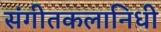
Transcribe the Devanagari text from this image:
संगीतकलानिधी